Indian journal of veterinary science and animal husbandry - Volume 6,
Year: 1936
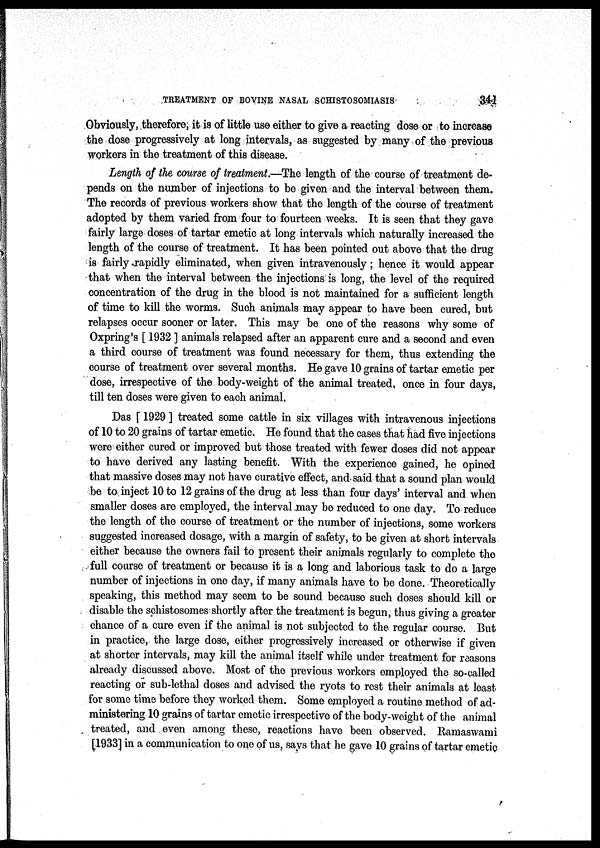
TREATMENT OF BOVINE NASAL SCHISTOSOMIASIS
341
Obviously, therefore, it is of little use either to give a reacting dose or to increase
the dose progressively at long intervals, as suggested by many of the previous
workers in the treatment of this disease.
Length of the course of treatment.—The length of the course of treatment de-
pends on the number of injections to be given and the interval between them.
The records of previous workers show that the length of the course of treatment
adopted by them varied from four to fourteen weeks. It is seen that they gave
fairly large doses of tartar emetic at long intervals which naturally increased the
length of the course of treatment. It has been pointed out above that the drug
is fairly rapidly eliminated, when given intravenously; hence it would appear
that when the interval between the injections is long, the level of the required
concentration of the drug in the blood is not maintained for a sufficient length
of time to kill the worms. Such animals may appear to have been cured, but
relapses occur sooner or later. This may be one of the reasons why some of
Oxpring's [ 1932 ] animals relapsed after an apparent cure and a second and even
a third course of treatment was found necessary for them, thus extending the
course of treatment over several months. He gave 10 grains of tartar emetic per
dose, irrespective of the body-weight of the animal treated, once in four days,
till ten doses were given to each animal.
Das [ 1929 ] treated some cattle in six villages with intravenous injections
of 10 to 20 grains of tartar emetic. He found that the cases that had five injections
were either cured or improved but those treated with fewer doses did not appear
to have derived any lasting benefit. With the experience gained, he opined
that massive doses may not have curative effect, and said that a sound plan would
be to inject 10 to 12 grains of the drug at less than four days' interval and when
smaller doses are employed, the interval may be reduced to one day. To reduce
the length of the course of treatment or the number of injections, some workers
suggested increased dosage, with a margin of safety, to be given at short intervals
either because the owners fail to present their animals regularly to complete the
full course of treatment or because it is a long and laborious task to do a large
number of injections in one day, if many animals have to be done. Theoretically
speaking, this method may seem to be sound because such doses should kill or
disable the schistosomes shortly after the treatment is begun, thus giving a greater
chance of a cure even if the animal is not subjected to the regular course. But
in practice, the large dose, either progressively increased or otherwise if given
at shorter intervals, may kill the animal itself while under treatment for reasons
already discussed above. Most of the previous workers employed the so-called
reacting or sub-lethal doses and advised the ryots to rest their animals at least
for some time before they worked them. Some employed a routine method of ad-
ministering 10 grains of tartar emetic irrespective of the body-weight of the animal
treated, and even among these, reactions have been observed. Ramaswami
[1933] in a communication to one of us, says that he gave 10 grains of tartar emetic